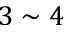
3 \sim 4